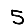
Digit: 5